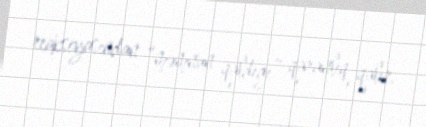
reaksiyasından “məmnun qaldığı” qaranlıq qalır.